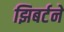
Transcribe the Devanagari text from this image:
झिबर्टने